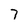
Character: 7